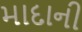
માદાની